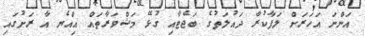
އަންނަ އަހަރަށް ލަފާކުރާ ދައުލަތުގެ ބަޖެޓާއި ގުޅޭ މަޝްވަރާތައް އިއްޔެ އާ ރަށުގައި